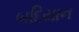
બદિયાન